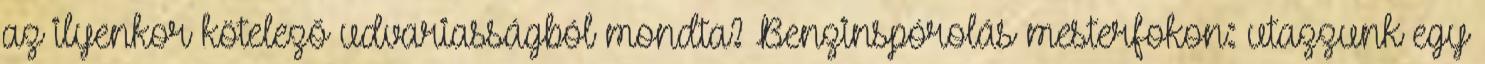
az ilyenkor kötelező udvariasságból mondta? Benzinspórolás mesterfokon: utazzunk egy